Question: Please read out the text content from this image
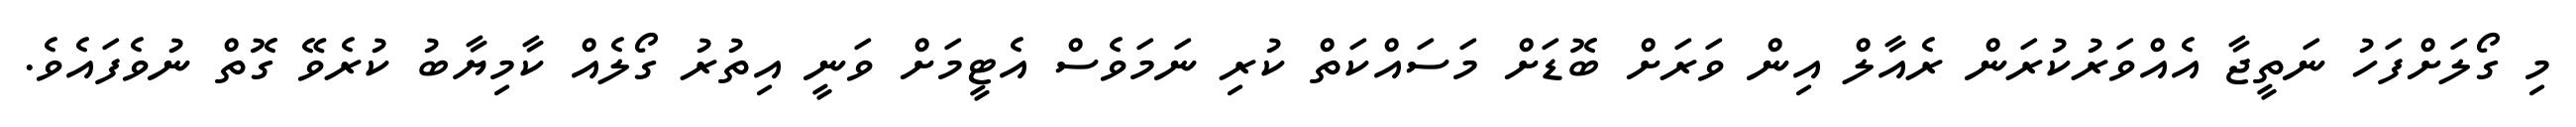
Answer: މި ގޯލަށްފަހު ނަތީޖާ އެއްވަރުކުރަން ރެއާލް އިން ވަރަށް ބޮޑަށް މަސައްކަތް ކުރި ނަމަވެސް އެޓީމަށް ވަނީ އިތުރު ގޯލެއް ކާމިޔާބު ކުރެވޭ ގޮތް ނުވެފައެވެ.